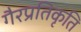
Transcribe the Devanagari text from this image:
गैरप्रतिकृति